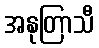
အနုတြာသီ